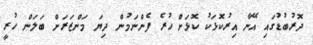
ދޮރުބުޑުގައި އޭނާ އިރުކޮޅަކު ކޮޅަށް ހުރެ ފެންނަމުން ދިޔަ މަންޒަރަށް ބަލަން ހުރީ